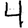
Digit: 4